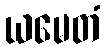
ယမေတံ